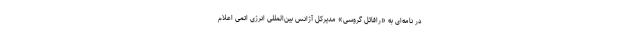
در نامه‌ای به «رافائل گروسی» مدیرکل آژانس بین‌المللی انرژی اتمی اعلام